Enquiry on enteric fever in India - Number 32
Disease focus: Fever
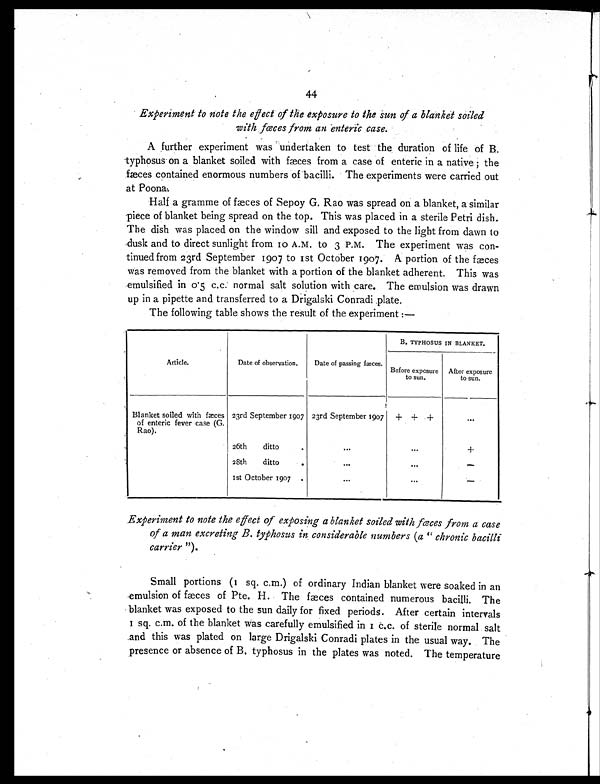
44
Experiment to note the effect of the exposure to the sun of a blanket soiled
with fæces from an enteric case.
A further experiment was undertaken to test the duration of life of B.
typhosus on a blanket soiled with fæces from a case of enteric in a native ; the
fæces contained enormous numbers of bacilli. The experiments were carried out
at Poona.
Half a gramme of fæces of Sepoy G. Rao was spread on a blanket, a similar
piece of blanket being spread on the top. This was placed in a sterile Petri dish.
The dish was placed on the window sill and exposed to the light from dawn to
dusk and to direct sunlight from 10 A.M. to 3 P.M. The experiment was con-
tinued from 23rd September 1907 to 1st October 1907. A portion of the fæces
was removed from the blanket with a portion of the blanket adherent. This was
emulsified in 0.5 c.c. normal salt solution with care. The emulsion was drawn
up in a pipette and transferred to a Drigalski Conradi plate.
The following table shows the result of the experiment :—
Article.
Date of observation.
Date of passing fæces.
B. TYPHOSUS IN BLANKET.
Before exposure
to sun.
After exposure
to sun.
Blanket soiled with fæces
of enteric fever case (G.
Rao).
23rd September 1907 23rd September 1907
+ + +
. . .
26th ditto
.
...
...
+
28th ditto
.
. . .
. . .
—
1st October 1907 .
...
. . .
—
Experiment to note the effect of exposing a blanket soiled with fæces from a case
of a man excreting B. typhosus in considerable numbers ( a " chronic bacilli
carrier" ).
Small portions (1 sq. c.m.) of ordinary Indian blanket were soaked in an
emulsion of fæces of Pte. H. The fæces contained numerous bacilli. The
blanket was exposed to the sun daily for fixed periods. After certain intervals
1 sq. c.m. of the blanket was carefully emulsified in 1 c.c. of sterile normal salt
and this was plated on large Drigalski Conradi plates in the usual way. The
presence or absence of B. typhosus in the plates was noted. The temperature